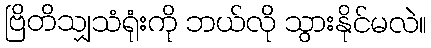
ဗြိတိသျှသံရုံးကို ဘယ်လို သွားနိုင်မလဲ။